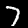
Label: 7